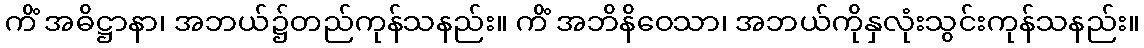
ကိံ အဓိဋ္ဌာနာ၊ အဘယ်၌တည်ကုန်သနည်း။ ကိံ အဘိနိဝေသာ၊ အဘယ်ကိုနှလုံးသွင်းကုန်သနည်း။